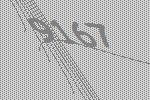
9167